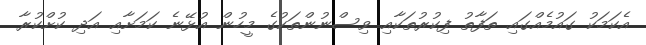
އެކަމަކު ގައުމެއްގައި ތަފާތު ފިކުރުތަކާއި ވިސްނުންތަކުގެ މީހުން އުޅޭނެ ކަމަށާއި އަދި ކުށްކުރާ